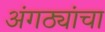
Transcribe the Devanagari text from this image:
अंगठ्यांचा